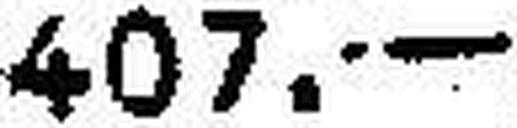
407.—